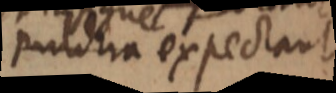
protrita expectant